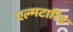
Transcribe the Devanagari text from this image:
एल्मटारिड